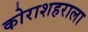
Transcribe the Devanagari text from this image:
कोराशहराला